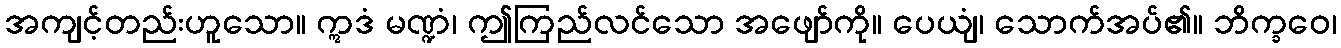
အကျင့်တည်းဟူသော။ ဣဒံ မဏ္ဍံ၊ ဤကြည်လင်သော အဖျော်ကို။ ပေယျံ၊ သောက်အပ်၏။ ဘိက္ခဝေ၊